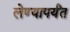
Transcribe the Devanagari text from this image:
लेण्यापर्यंत